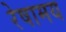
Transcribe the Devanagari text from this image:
रेषामय